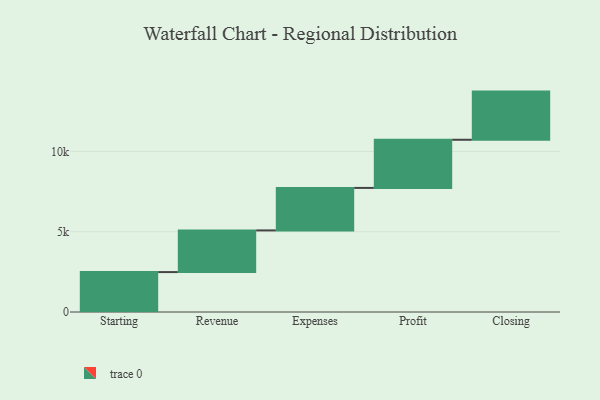
{"axis": {"x": "Step", "y": "Value"}, "legend": [""], "data": [{"x": "Starting", "y": 2487.0, "type": ""}, {"x": "Revenue", "y": 2596.0, "type": ""}, {"x": "Expenses", "y": 2647.0, "type": ""}, {"x": "Profit", "y": 3000, "type": ""}, {"x": "Closing", "y": 3000, "type": ""}]}